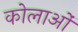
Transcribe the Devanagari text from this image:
कोलाओं